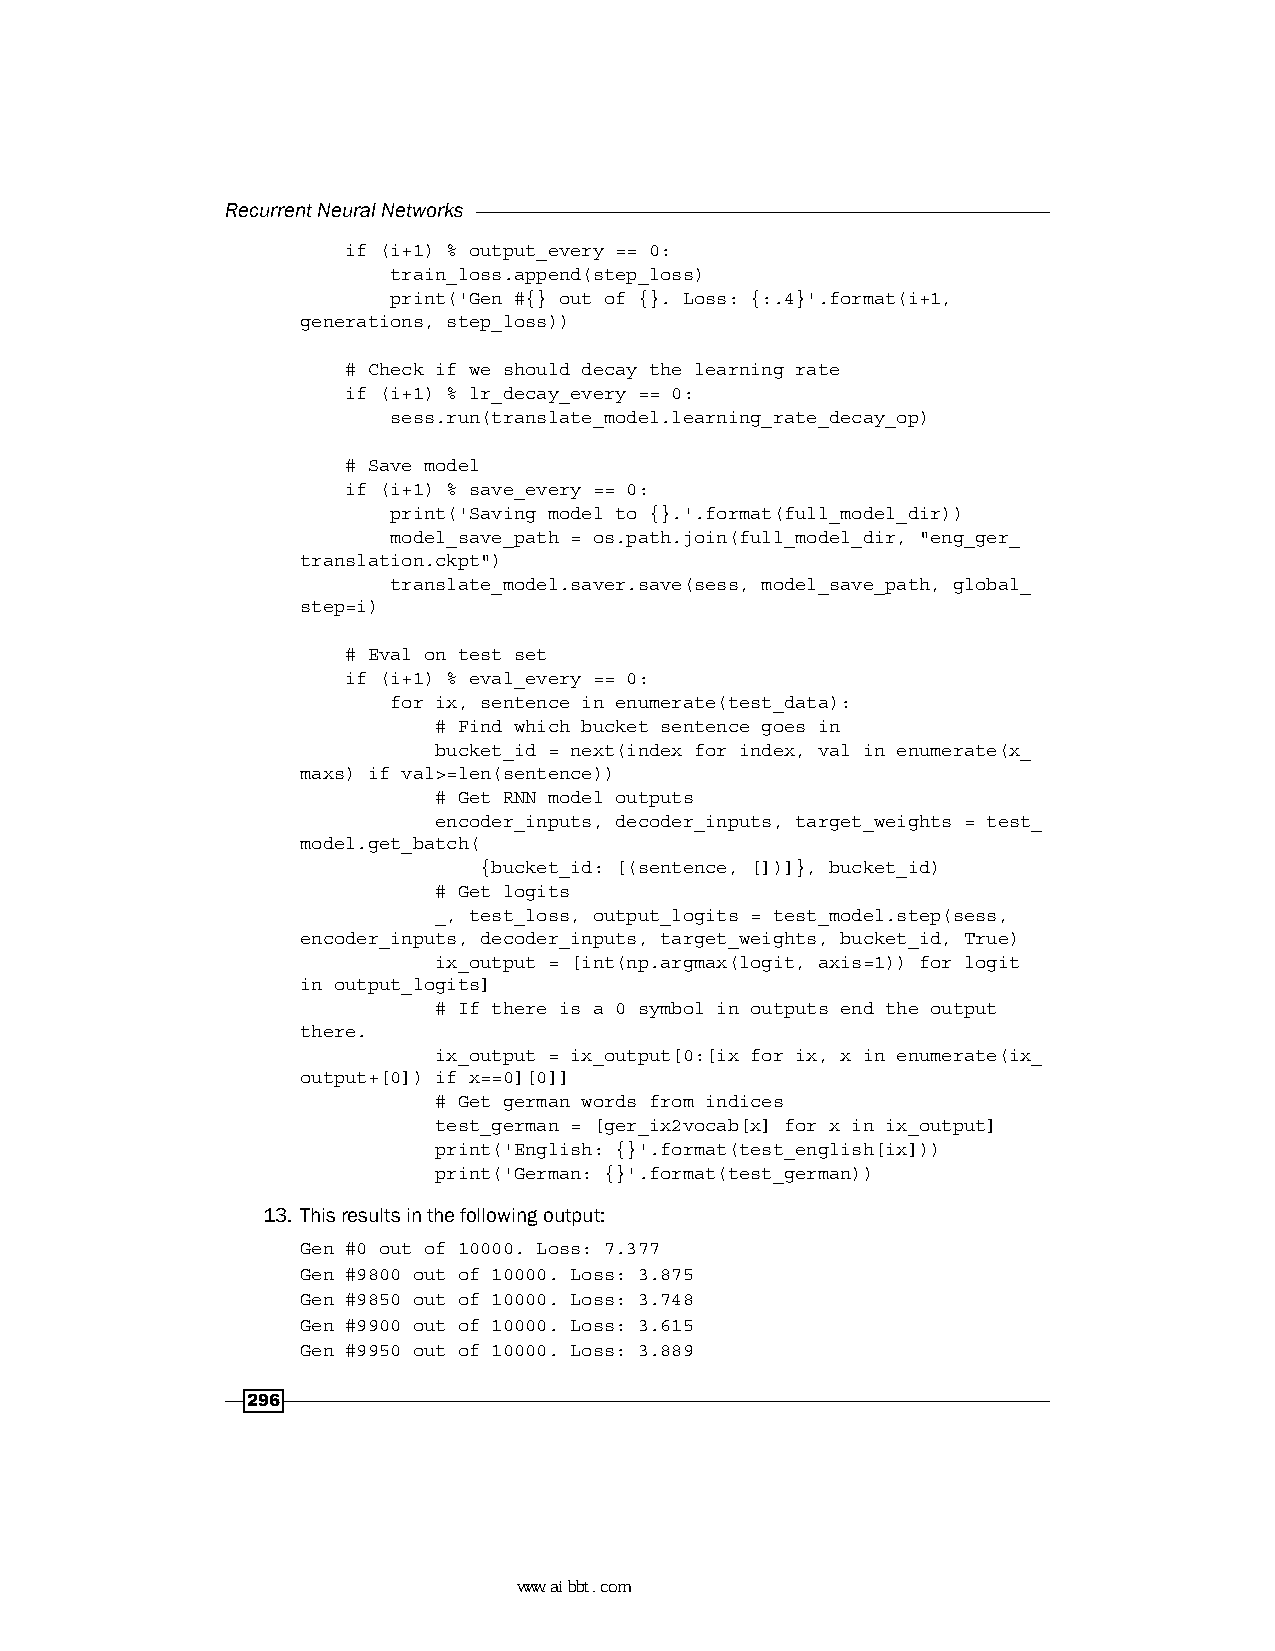
Recurrent Neural Networks
 if (i+1) % output_every == 0:
 train_loss.append(step_loss)
 print('Gen #{} out of {}. Loss: {:.4}'.format(i+1,
 generations, step_loss))
 # Check if we should decay the learning rate
 if (i+1) % lr_decay_every == 0:
 sess.run(translate_model.learning_rate_decay_op)
 # Save model
 if (i+1) % save_every == 0:
 print('Saving model to {}.'.format(full_model_dir))
 model_save_path = os.path.join(full_model_dir, "eng_ger_
 translation.ckpt")
 translate_model.saver.save(sess, model_save_path, global_
 step=i)
 # Eval on test set
 if (i+1) % eval_every == 0:
 for ix, sentence in enumerate(test_data):
 # Find which bucket sentence goes in
 bucket_id = next(index for index, val in enumerate(x_
 maxs) if val>=len(sentence))
 # Get RNN model outputs
 encoder_inputs, decoder_inputs, target_weights = test_
 model.get_batch(
 {bucket_id: [(sentence, [])]}, bucket_id)
 # Get logits
 _, test_loss, output_logits = test_model.step(sess,
 encoder_inputs, decoder_inputs, target_weights, bucket_id, True)
 ix_output = [int(np.argmax(logit, axis=1)) for logit
 in output_logits]
 # If there is a 0 symbol in outputs end the output
 there.
 ix_output = ix_output[0:[ix for ix, x in enumerate(ix_
 output+[0]) if x==0][0]]
 # Get german words from indices
 test_german = [ger_ix2vocab[x] for x in ix_output]
 print('English: {}'.format(test_english[ix]))
 print('German: {}'.format(test_german))
 13. This results in the following output:
 Gen #0 out of 10000. Loss: 7.377
 Gen #9800 out of 10000. Loss: 3.875
 Gen #9850 out of 10000. Loss: 3.748
 Gen #9900 out of 10000. Loss: 3.615
 Gen #9950 out of 10000. Loss: 3.889
 296
 www.aibbt.com 让未来触手可及